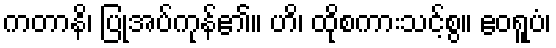
ကတာနိ၊ ပြုအပ်ကုန်၏။ ဟိ၊ ထိုစကားသင့်စွ။ ဧဝရူပံ၊